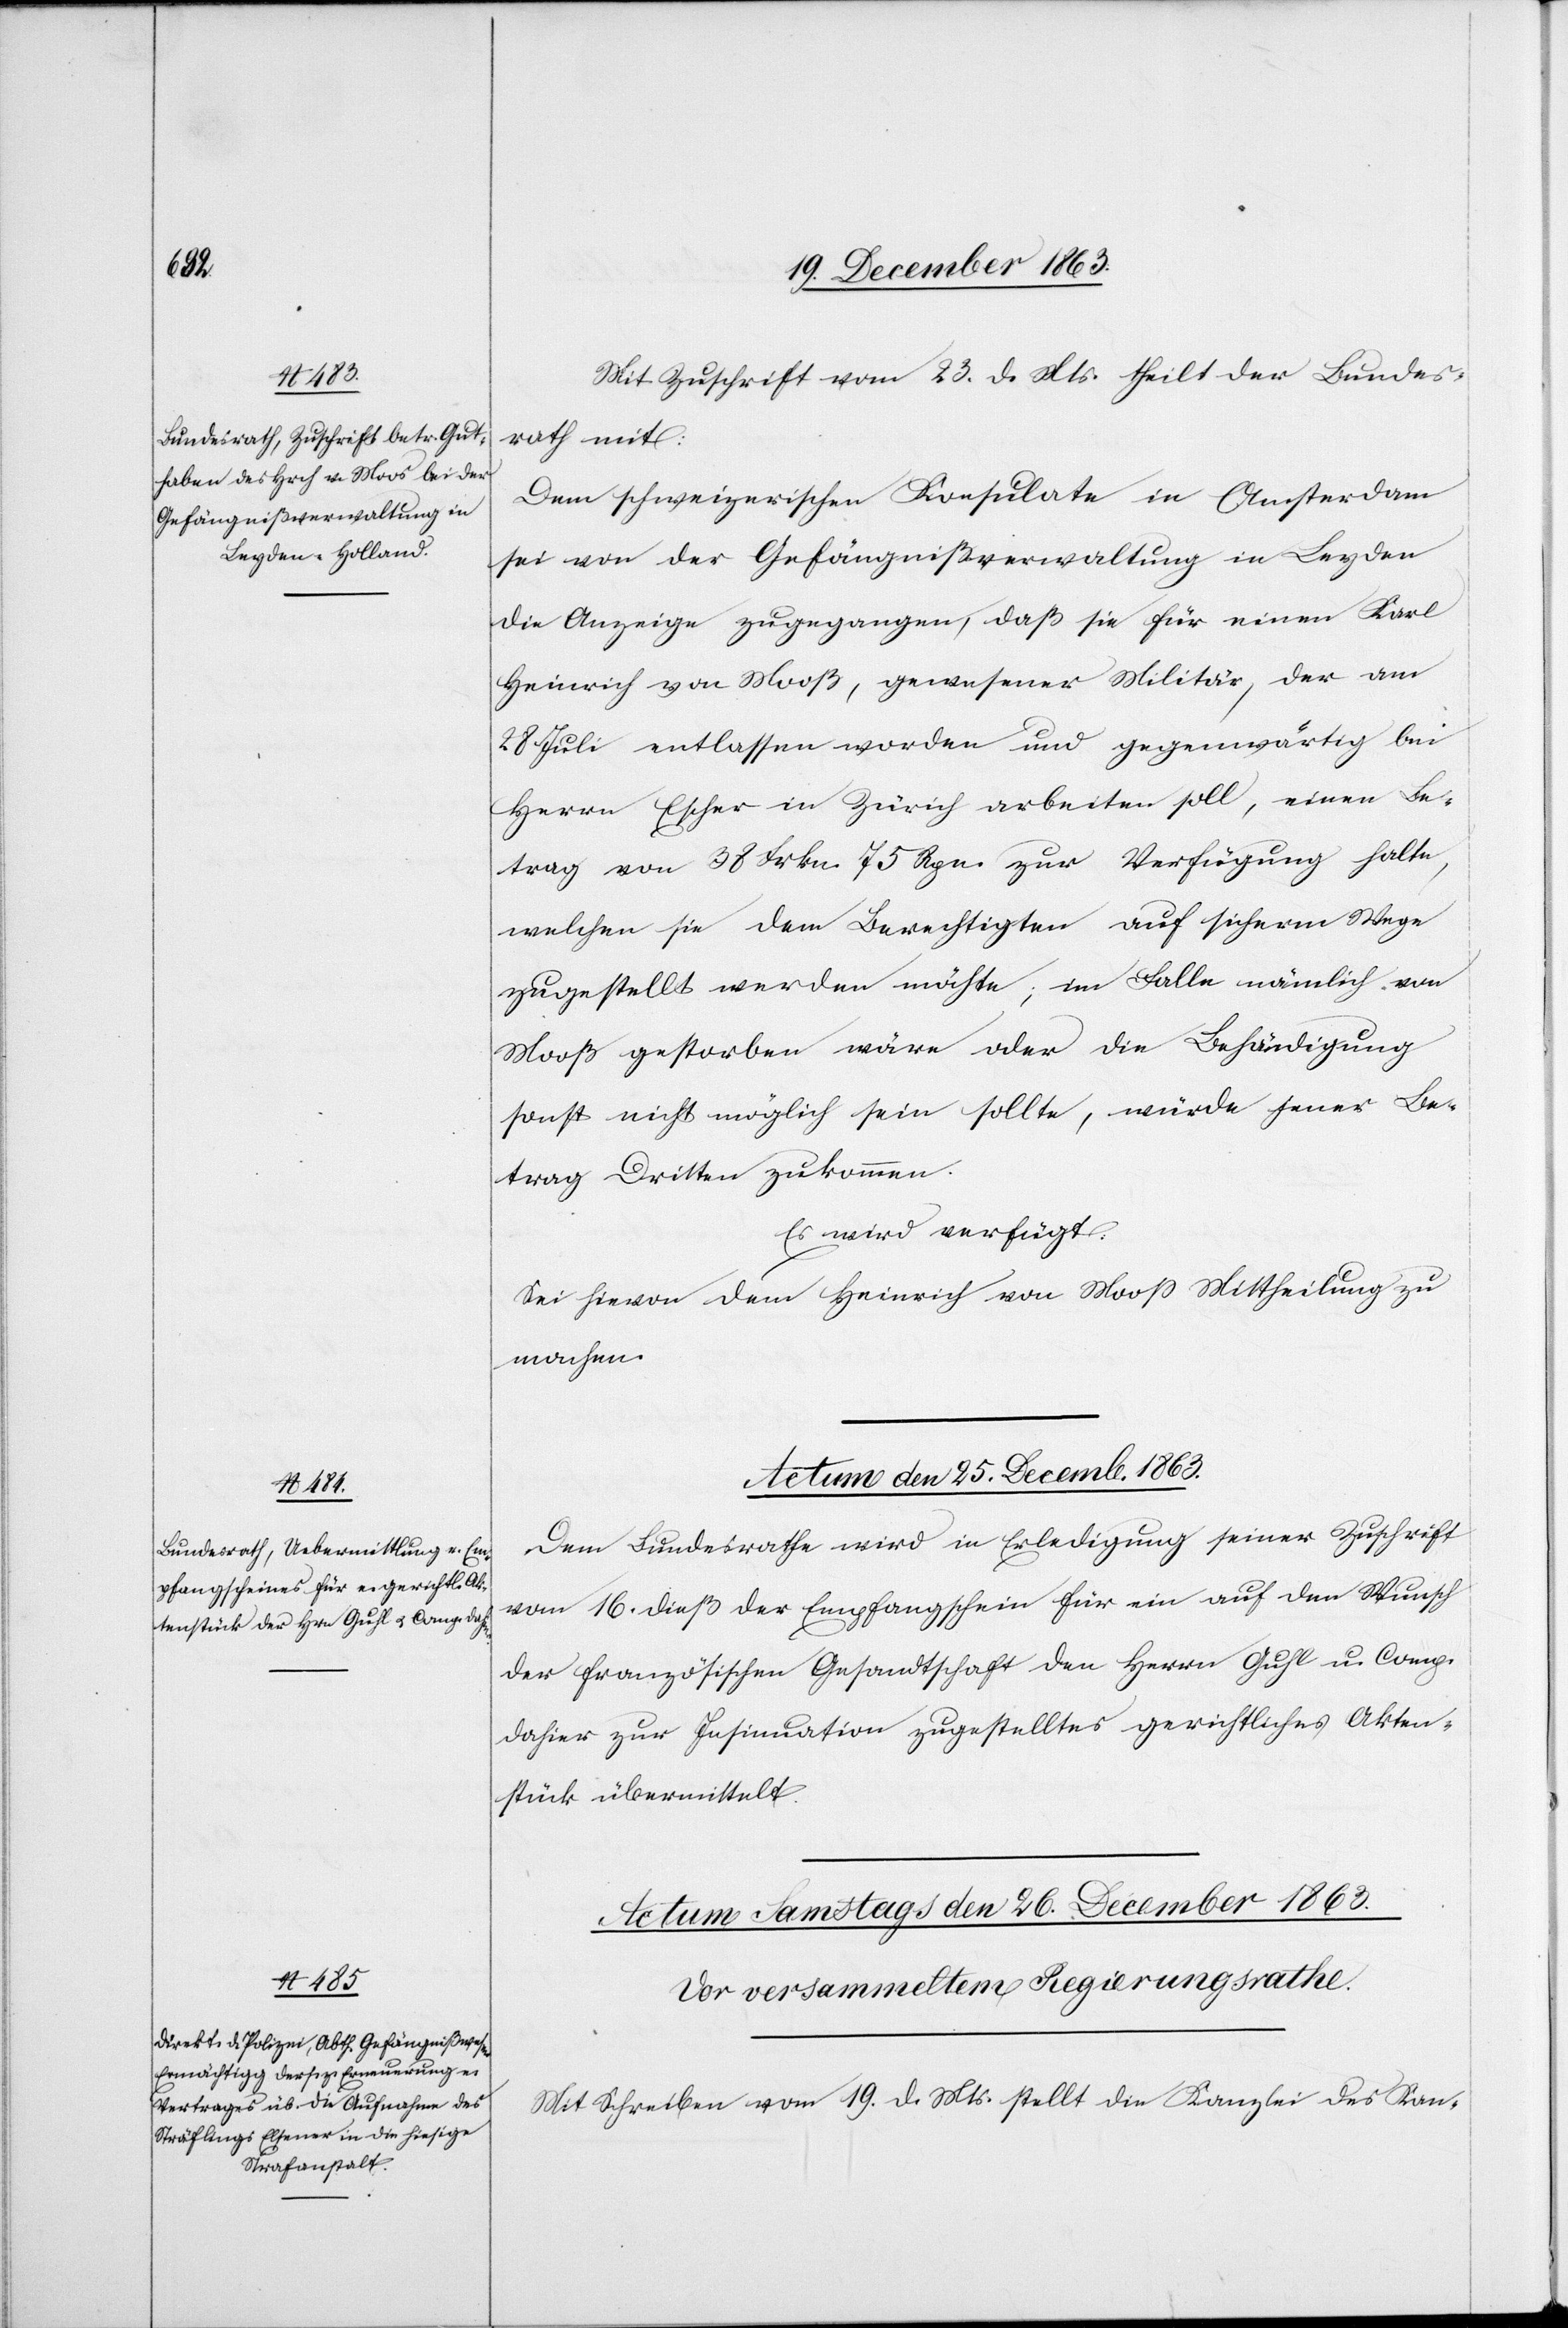
Mit Zuschrift vom 23. d. Mts. theilt der Bundes¬
rath mit:
Dem schweizerischen Konsulate in Amsterdam
sei von der Gefängnißverwaltung in Leyden
die Anzeige zugegangen, daß sie für einen Karl
Heinrich von Mooß, gewesener Militär, der am
28 Juli entlassen worden und gegenwärtig bei
Herrn Escher in Zürich arbeiten soll, einen Be¬
trag von 38 Frkn. 75 Rpn. zur Verfügung halte,
welchen sie dem Berechtigten auf sicherm Wege
zugestellt werden möchte [sic!]; im Falle nämlich von
Mooß gestorben wäre oder die Behändigung
sonst nicht möglich sein sollte, würde jener Be¬
trag Dritten zukommen.
Es wird verfügt:
Sei hievon dem Heinrich von Mooss [sic!] Mittheilung zu
machen.
Actum den 25. Decemb. 1863.
Dem Bundesrathe wird in Erledigung seiner Zuschrift
vom 16. dieß der Empfangschein für ein auf den Wunsch
der französischen Gesandtschaft den Herrn Guhl u. Comp.
dahier zur Insinuation zugestelltes gerichtliches Akten¬
stück übermittelt.
Mit Schreiben vom 19. d. Mts. stellt die Kanzlei des Kan-